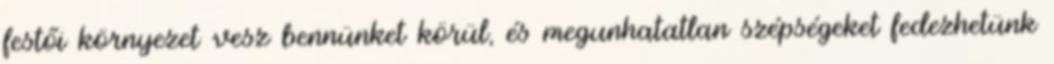
festői környezet vesz bennünket körül, és megunhatatlan szépségeket fedezhetünk